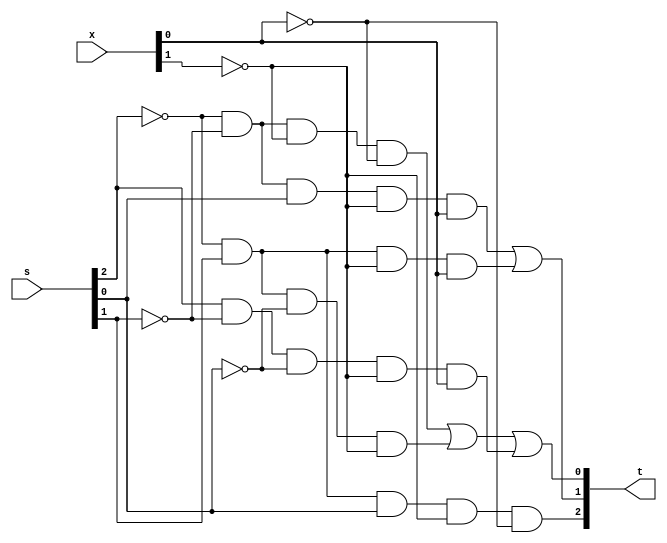
module sigma(output [1:3]t, input [1:3]s, input [1:2]x);
   // s[1] & s[2] & s[3] & x[1] & x[2]
   assign
     t[1] = ~s[1] & s[2] & s[3] & ~x[1] & ~x[2];
   assign
     t[2] = ~s[1] & ~s[2] & s[3] & ~x[1] & x[2] |
	    ~s[1] & s[2] & ~x[1] & x[2];
   assign
     t[3] = ~s[1] & ~s[2] & ~x[1] & ~x[2] |
	    ~s[1] & s[2] & ~s[3] & ~x[1]  |
	     s[1] & ~s[2] & ~s[3] & ~x[1] & x[2];
endmodule